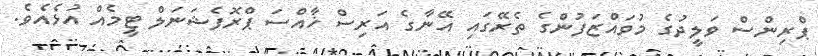
ޕްރިންސް ވަލީދުގެ މުވައްޒަފުންގެ ތެރޭގައި އޭނާގެ އަރިސް ޚާއްސަ ޕްރޮފެޝަނަލް ޓީމެއް އުޅެއެވެ.